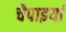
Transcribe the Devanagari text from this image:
चैपाइयां